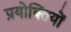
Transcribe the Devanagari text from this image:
प्रयोक्तियों